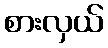
စားလှယ်